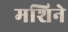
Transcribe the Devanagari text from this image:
मशिने